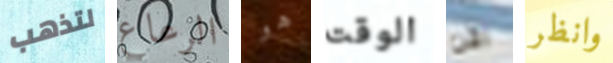
لتذهب الرعاع هو الوقت الآن وانظر